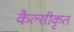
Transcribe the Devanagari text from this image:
कैल्सीकृत